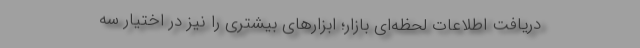
دریافت اطلاعات لحظه‌ای بازار؛ ابزارهای بیشتری را نیز در اختیار سه